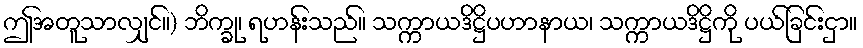
ဤအတူသာလျှင်။) ဘိက္ခု၊ ရဟန်းသည်။ သက္ကာယဒိဋ္ဌိပဟာနာယ၊ သက္ကာယဒိဋ္ဌိကို ပယ်ခြင်းငှာ။